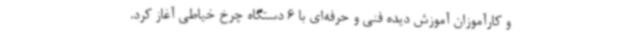
و کارآموزان آموزش دیده فنی و حرفه‌ای با 6 دستگاه چرخ خیاطی آغاز کرد.